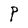
Character: P